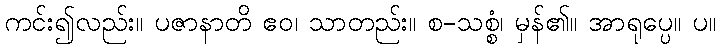
ကင်း၍လည်း။ ပဇာနာတိ ဧဝ၊ သာတည်း။ စ-သစ္စံ၊ မှန်၏။ အာရုပ္ပေ။ ပ။